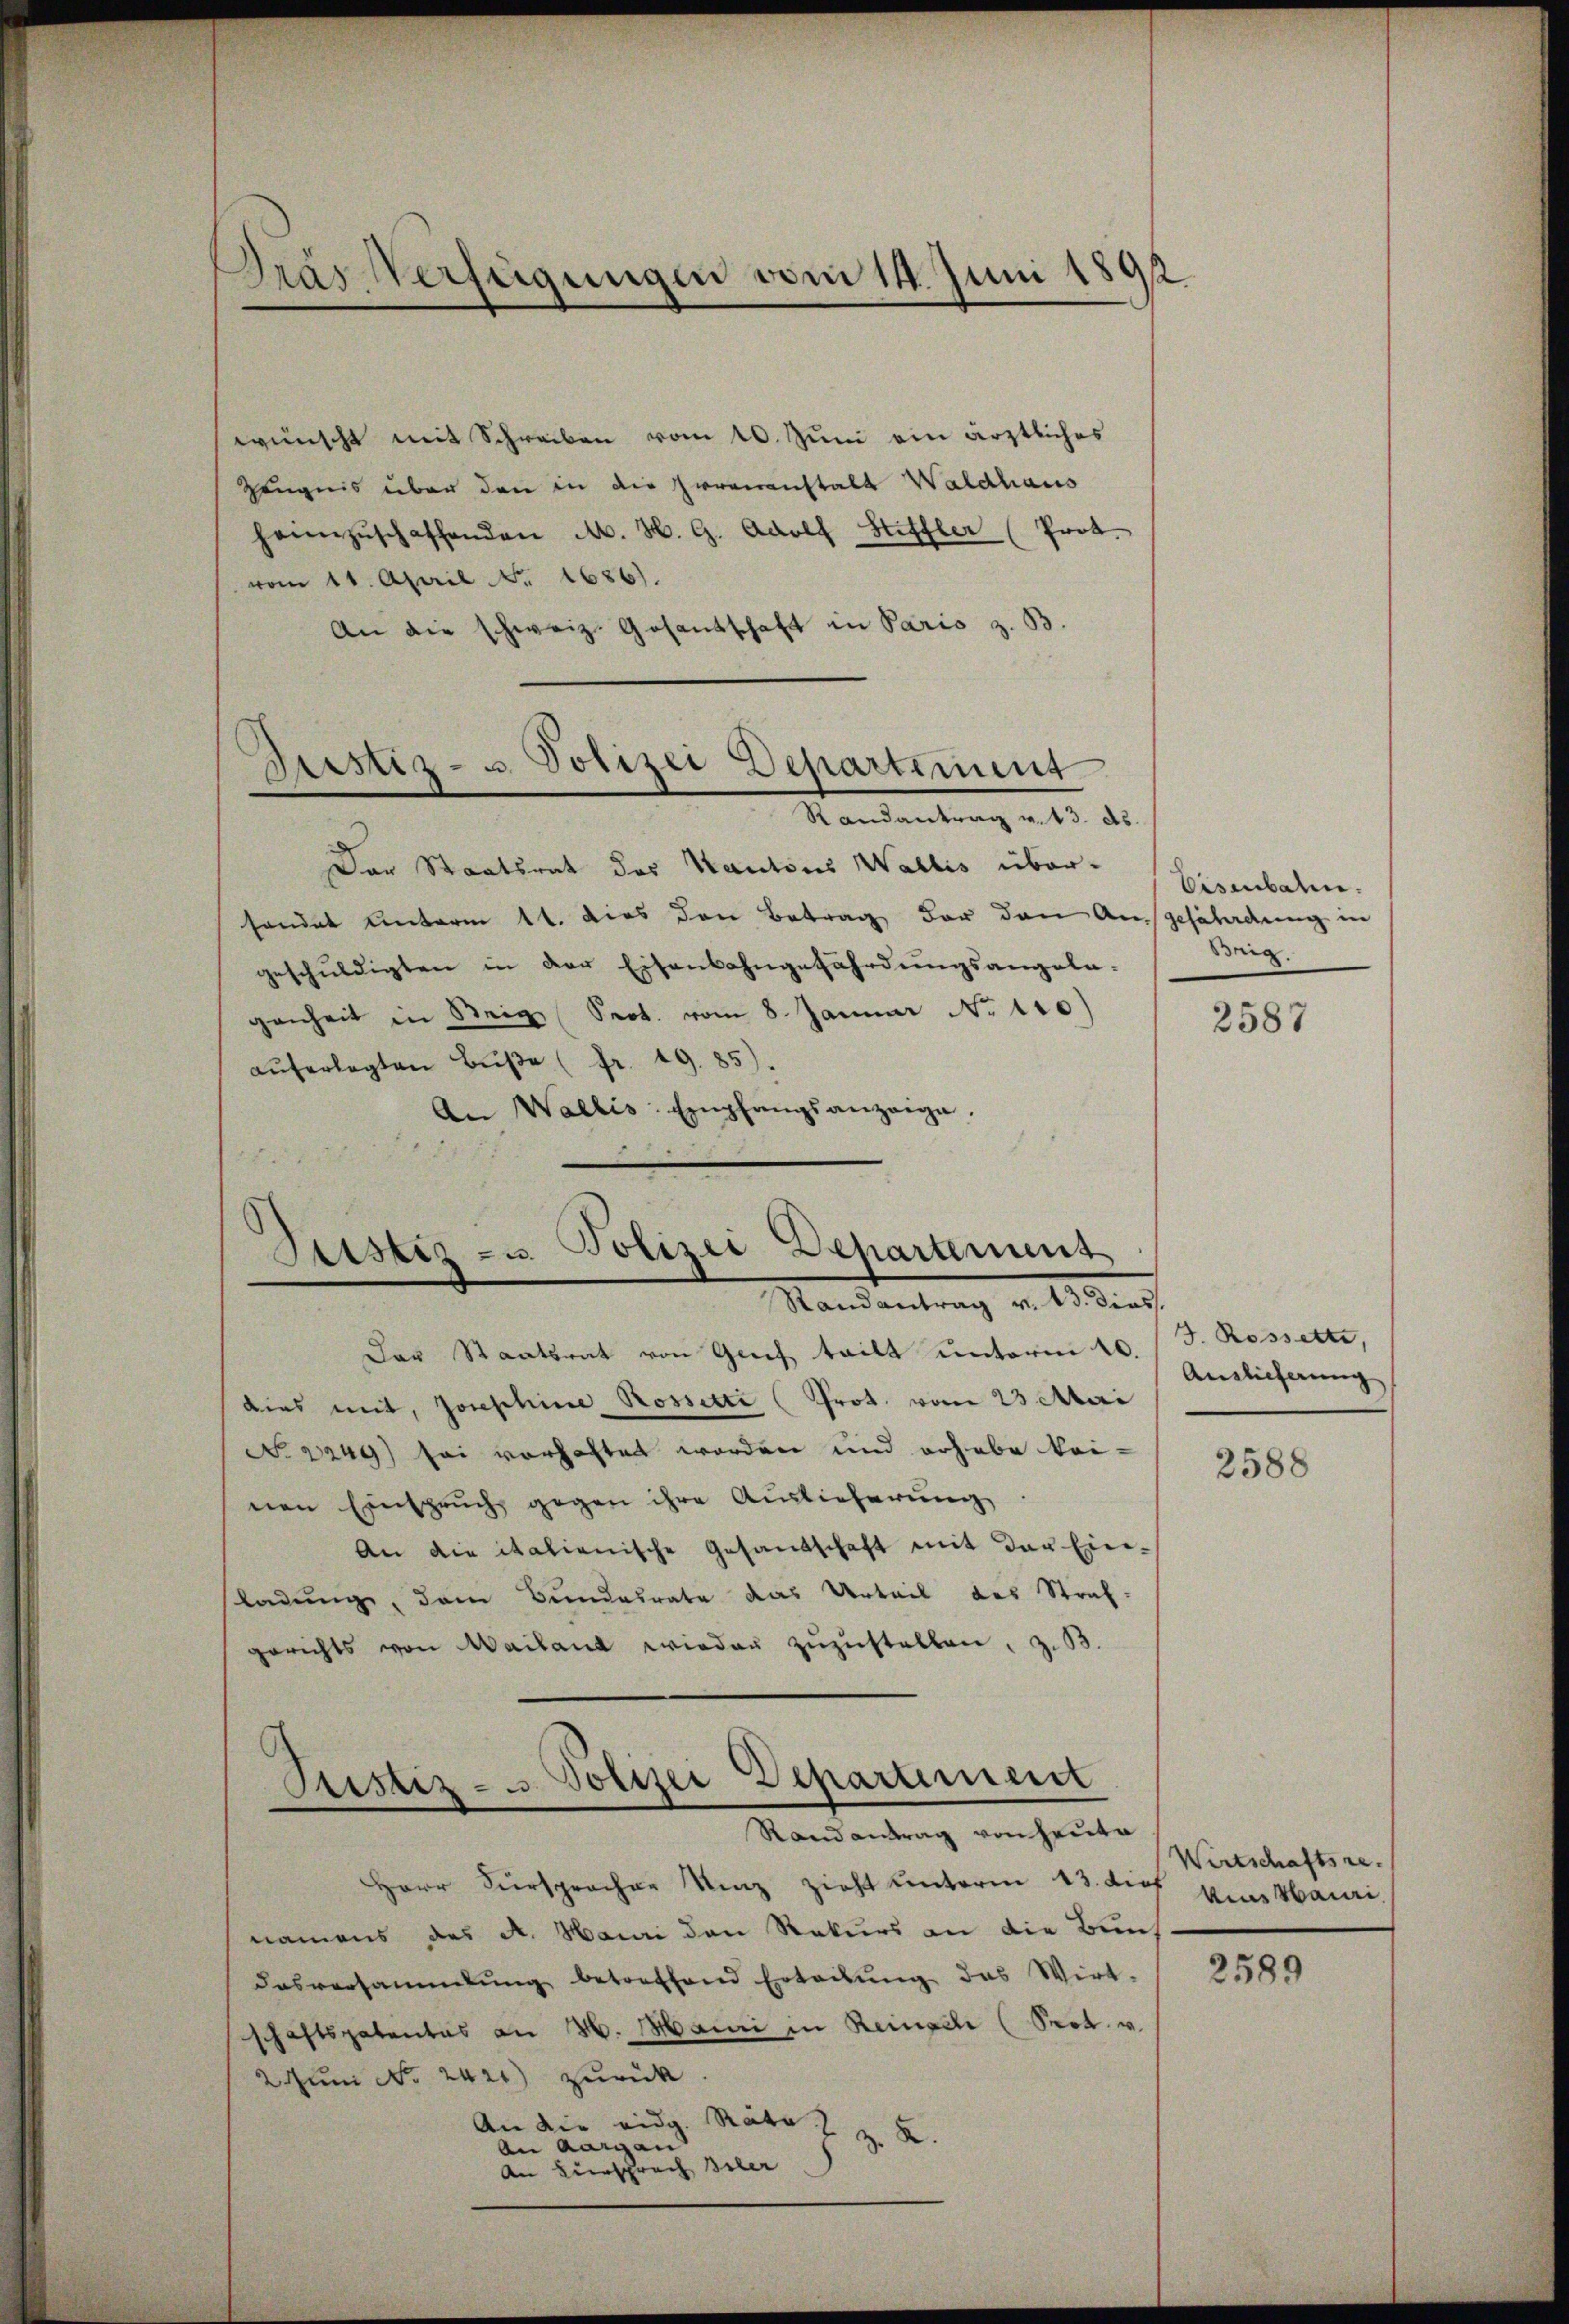
wünscht mit Schreiben vom 10. Juni ein ärztliches
Zeugnis über den in die Irrenanstalt Waldhaus
heimzuschaffenden A. H. G. Adolf Stiffler (Prot.
vom 11. April Nr. 1686).
An die schweiz. Gesantschaft in Paris z. B.

Dras Verfügungen vom 14. Juni 1892

Justiz- u. Polizei Departement

Sistiz- u. Polizei Departement
Randantrag v. 13. dies

Randantrag v. 13. ds.
Der Staatsrat des Kantons Wallis über-
sondet unterm 11. dies den Betrag der den Ausgefährdung in
geschuldigten in der Eisenbahngefährdungsangelagenheit in Stein Sept. vom 8. Januar No 110)
aŭferlegten Bŭβe (fr. 19. 85).
An Wallis. Empfangsanzeige.

Ptistiz- u. Polizei Departement
Randantrag von Hauta

Der Staatsrat von Gerich teilt unterm 2. Anglicherung
dies mit, Josephine Rossetti (Prot. vom 23 Mari
No 2249) sei vorhaftet worden und erhabe kai-
nen Einspruch gegen ihre Auslieferung
An die italienische Gesandschaft mit der Ein-
ladung, dem Bundesrate das Urteil des Straf-
gerichts von Mailand wieder zuzustellen, z. B

Herr Viersprocher Kinz zieht unterm 13. dies von Mauri
namens des A. Mauri den Rekurs an die Buns
Dasversammlung betreffend Ertadŭng das Wirt-
schaftspatentas an 26. Maini in Reinsch (Prot. v.
2. Juni No 2421) zurück
An die eidg. Räte z. Z. K.
An Aargau
An Hiersprach Isler

Eisenbaten.
Brig.

2587

G. Rosselte,

2588

Wertschaftsre

2589